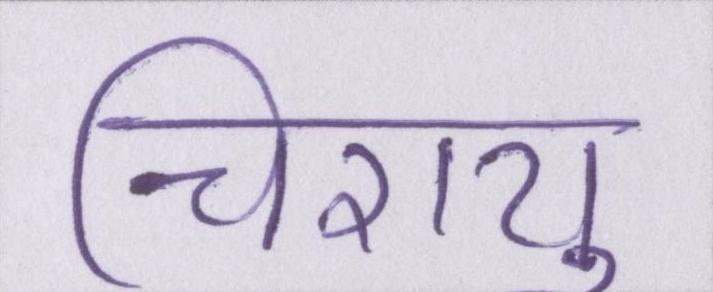
चिरायु